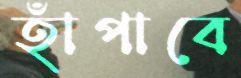
হাঁপাবে